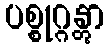
ပစ္စုဂ္ဂန္တွာ